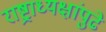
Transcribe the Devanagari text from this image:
राष्ट्राध्यक्षांपुढे